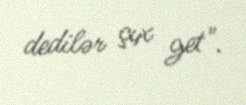
dedilər çıx get".